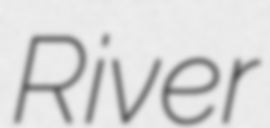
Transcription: River